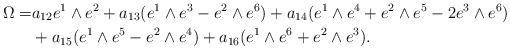
LaTeX: \begin{align*}\Omega =& a_{12}e^1\wedge e^2+a_{13}(e^1\wedge e^3-e^2\wedge e^6)+a_{14}(e^1\wedge e^4+e^2\wedge e^5-2e^3\wedge e^6)\\& +a_{15} (e^1\wedge e^5-e^2\wedge e^4) + a_{16}(e^1\wedge e^6+e^2\wedge e^3).\end{align*}